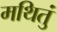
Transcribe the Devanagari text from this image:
मथितुं